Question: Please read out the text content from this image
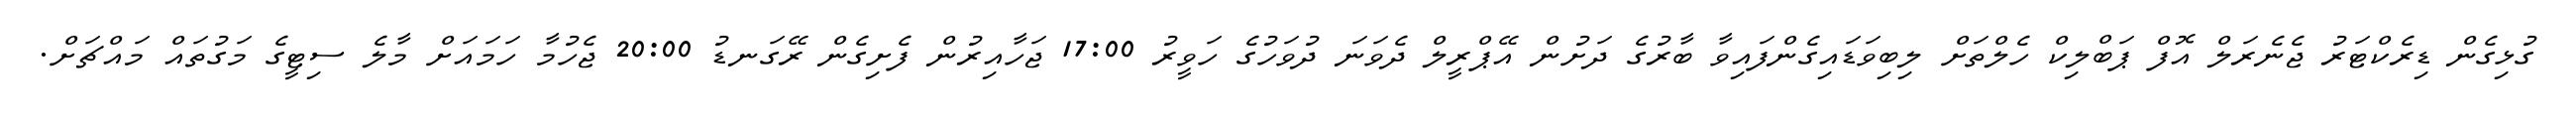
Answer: ގުޅިގެން ޑިރެކްޓަރު ޖެނެރަލް އޮފް ޕަބްލިކް ހެލްތަށް ލިބިވަޑައިގެންފައިވާ ބާރުގެ ދަށުން އޭޕްރީލް ދެވަނަ ދުވަހުގެ ހަވީރު 17:00 ޖަހާއިރުން ފެށިގެން ރޭގަނޑު 20:00 ޖެހުމާ ހަމައަށް މާލެ ސިޓީގެ މަގުތައް މައްޗަށް.